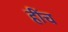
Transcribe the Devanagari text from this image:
हींच